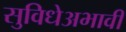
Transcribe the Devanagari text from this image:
सुविधेअभावी